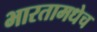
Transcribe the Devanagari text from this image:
भारतामधेच